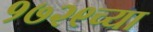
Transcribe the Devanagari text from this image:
१७२९च्या